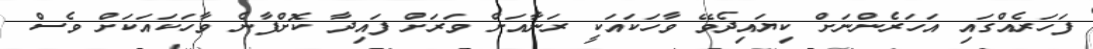
ފަހަރެއްގައި އަހަރެންނަށް ކިޔައިދެވޭ ވާހަކައަކީ ރަނާއަށް ވަރަށް ފައިދާ ކޮށްފާނެ ވާހަކައަކަށް ވެސް